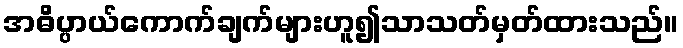
အဓိပ္ပာယ်ကောက်ချက်များဟူ၍သာသတ်မှတ်ထားသည်။